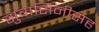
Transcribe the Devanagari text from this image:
सुवासिनीसह